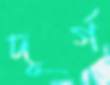
দূর্গ